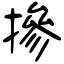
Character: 摻